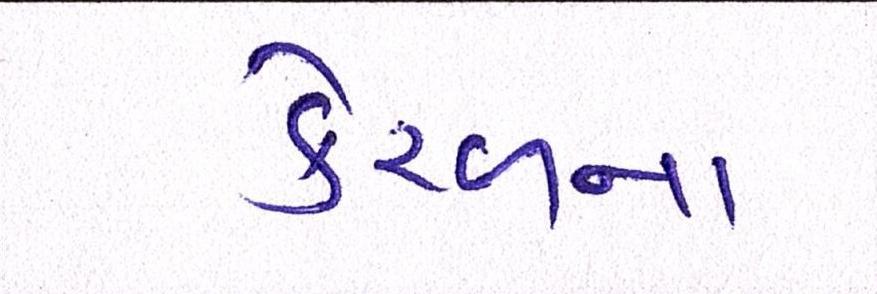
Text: કેરળના